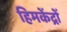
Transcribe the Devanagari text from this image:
हिमकेंद्रों